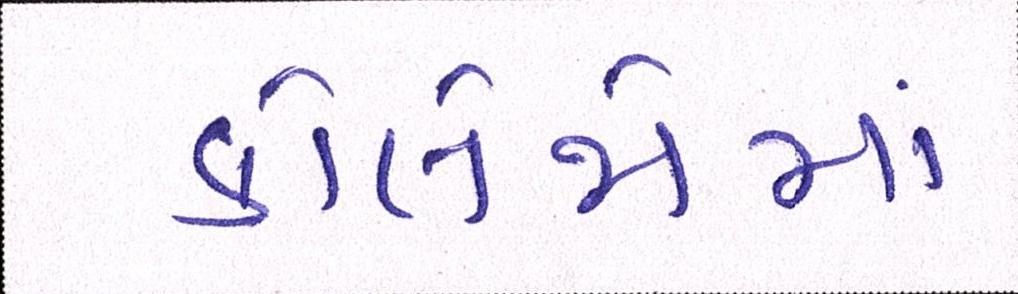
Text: કોલેજોમાં